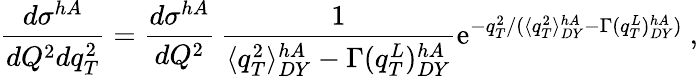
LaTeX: \frac{d\sigma^{hA}}{dQ^{2}dq_{T}^{2}}=\frac{d\sigma^{hA}}{dQ^{2}}\, \frac{1}{\langle q_{T}^{2}\rangle_{DY}^{hA}-\Gamma(q_{T}^{L})_{DY}^{hA}}\mathrm{e}^{-q_{T}^{2}/(\langle q_{T}^{2}\rangle_{DY}^{hA}-\Gamma(q_{T}^{L})_{DY}^{hA})}\ ,